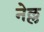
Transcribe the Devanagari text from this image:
नेल्ल